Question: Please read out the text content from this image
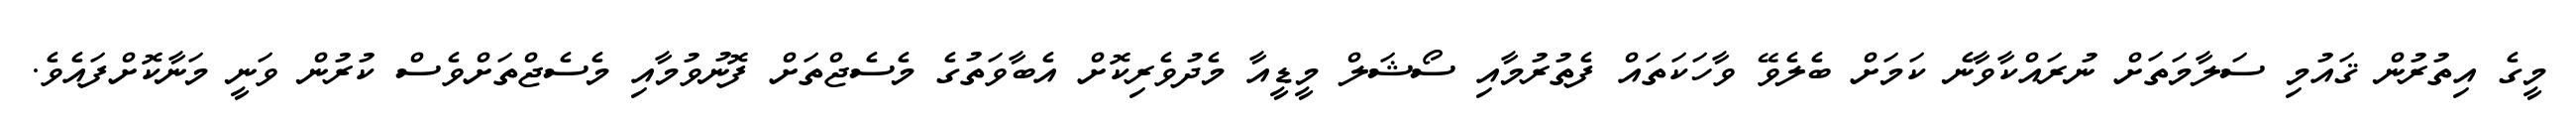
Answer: މީގެ އިތުރުން ޤައުމި ސަލާމަތަށް ނުރައްކާވާނެ ކަމަށް ބެލެވޭ ވާހަކަތައް ފެތުރުމާއި ސޯޝަލް މީޑީއާ މެދުވެރިކޮށް އެބާވަތުގެ މެސެޖްތަށް ފޮނުވުމާއި މެސެޖްތަށްވެސް ކުރުން ވަނީ މަނާކޮށްފައެވެ.